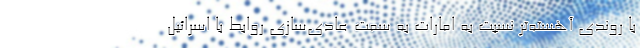
با روندی آهسته‌تر نسبت به امارات به سمت عادی‌سازی روابط با اسرائیل